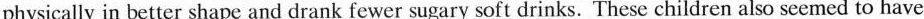
physically in better shape and drank fewer sugary soft drinks. These children also seemed to have